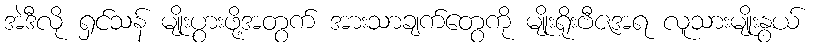
အဲဒီလို ရှင်သန် မျိုးပွားဖို့အတွက် အားသာချက်တွေကို မျိုးရိုးဗီဇအရ လူသားမျိုးနွယ်